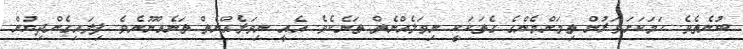
ބުނެތެވެ. ހަމަކަށަވަރުން ތިމަންމެންގެ ގެތަކަކީ ނިވަލެއްނެތް ތަނެކެވެ. އެއީ ނިވަލެއްނެތް ތަނެއްނޫނެވެ. ފިލައިގެންދިޔުން